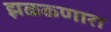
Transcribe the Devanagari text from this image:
झळकणारा